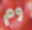
وم